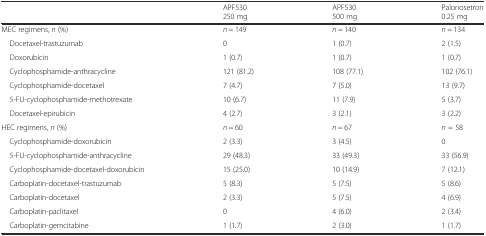
|  | APF530250 mg | APF530500 mg | Palonosetron0.25 mg |
 | --- | --- | --- | --- |
 | MEC regimens, n (%) | n = 149 | n = 140 | n = 134 |
 | Docetaxel-trastuzumab | 0 | 1 (0.7) | 2 (1.5) |
 | Doxorubicin | 1 (0.7) | 1 (0.7) | 1 (0.7) |
 | Cyclophosphamide-anthracycline | 121 (81.2) | 108 (77.1) | 102 (76.1) |
 | Cyclophosphamide-docetaxel | 7 (4.7) | 7 (5.0) | 13 (9.7) |
 | 5-FU-cyclophosphamide-methotrexate | 10 (6.7) | 11 (7.9) | 5 (3.7) |
 | Docetaxel-epirubicin | 4 (2.7) | 3 (2.1) | 3 (2.2) |
 | HEC regimens, n (%) | n = 60 | n = 67 | n = 58 |
 | Cyclophosphamide-doxorubicin | 2 (3.3) | 3 (4.5) | 0 |
 | 5-FU-cyclophosphamide-anthracycline | 29 (48.3) | 33 (49.3) | 33 (56.9) |
 | Cyclophosphamide-docetaxel-doxorubicin | 15 (25.0) | 10 (14.9) | 7 (12.1) |
 | Carboplatin-docetaxel-trastuzumab | 5 (8.3) | 5 (7.5) | 5 (8.6) |
 | Carboplatin-docetaxel | 2 (3.3) | 5 (7.5) | 4 (6.9) |
 | Carboplatin-paclitaxel | 0 | 4 (6.0) | 2 (3.4) |
 | Carboplatin-gemcitabine | 1 (1.7) | 2 (3.0) | 1 (1.7) |